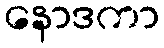
နောဒကာ